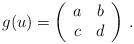
LaTeX: \begin{align*} g(u)= \left ( \begin{array}{cc} a & b \\ c & d \end{array}\right )\,.\end{align*}